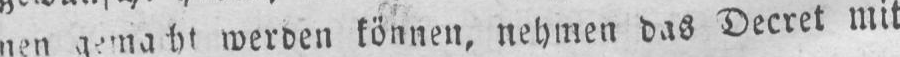
werden können, nehmen das Decret mit